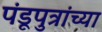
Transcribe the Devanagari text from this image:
पंडूपुत्रांच्या